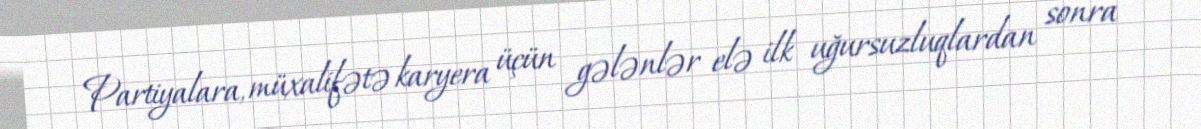
Partiyalara, müxalifətə karyera üçün gələnlər elə ilk uğursuzluqlardan sonra